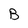
Character: B